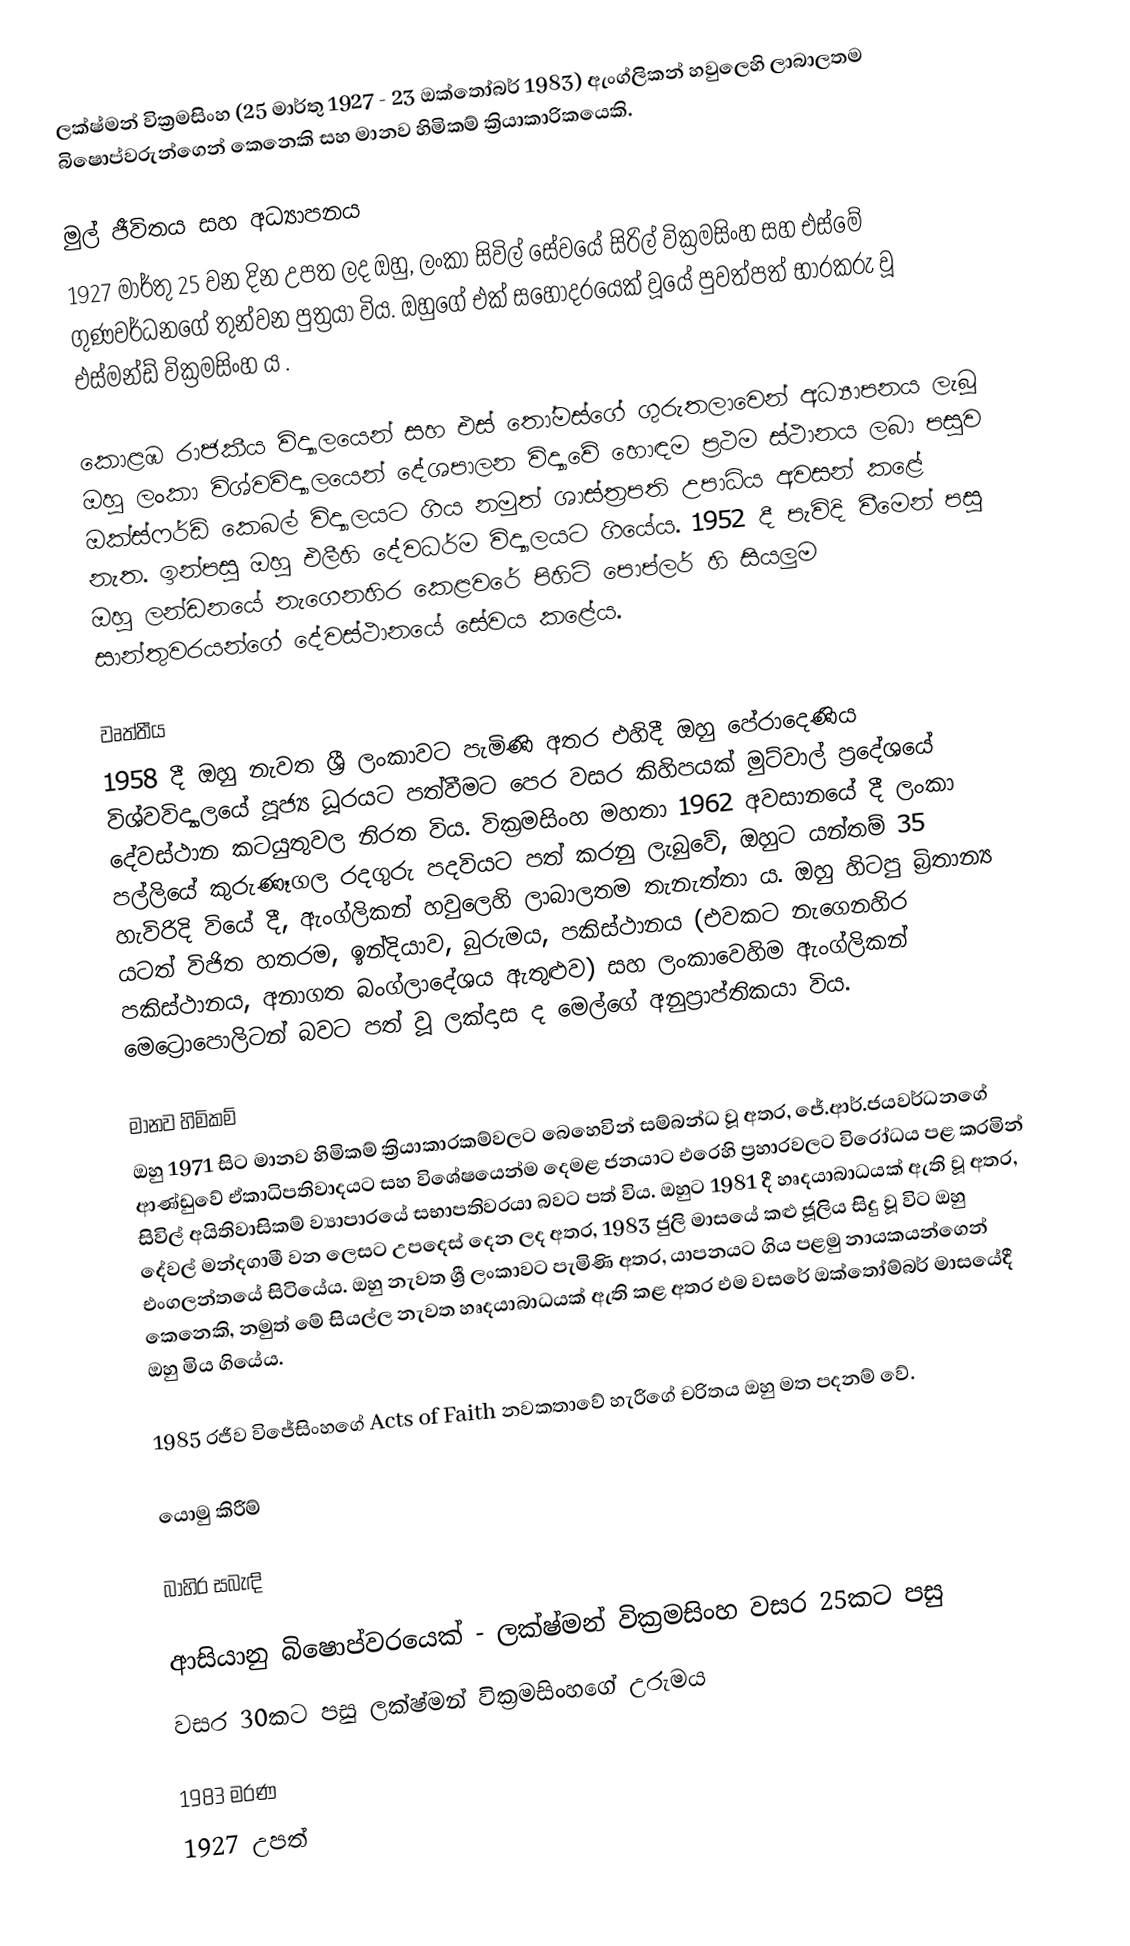
ලක්ෂ්මන් වික්‍රමසිංහ (25 මාර්තු 1927 - 23 ඔක්තෝබර් 1983) ඇංග්ලිකන් හවුලෙහි ලාබාලතම බිෂොප්වරුන්ගෙන් කෙනෙකි සහ මානව හිමිකම් ක්‍රියාකාරිකයෙකි.

මුල් ජීවිතය සහ අධ්‍යාපනය
1927 මාර්තු 25 වන දින උපත ලද ඔහු, ලංකා සිවිල් සේවයේ සිරිල් වික්‍රමසිංහ  සහ එස්මේ ගුණවර්ධනගේ තුන්වන පුත්‍රයා විය. ඔහුගේ එක් සහෝදරයෙක් වූයේ පුවත්පත් භාරකරු වූ එස්මන්ඩ් වික්‍රමසිංහ ය .

කොළඹ රාජකීය විද්‍යාලයෙන් සහ එස් තෝමස්ගේ ගුරුතලාවෙන් අධ්‍යාපනය ලැබූ ඔහු ලංකා විශ්වවිද්‍යාලයෙන් දේශපාලන විද්‍යාවේ හොඳම ප්‍රථම ස්ථානය ලබා පසුව ඔක්ස්ෆර්ඩ් කෙබල් විද්‍යාලයට ගිය නමුත් ශාස්ත්‍රපති උපාධිය අවසන් කළේ නැත. ඉන්පසු ඔහු එලීහි දේවධර්ම විද්‍යාලයට ගියේය. 1952 දී පැවිදි වීමෙන් පසු ඔහු ලන්ඩනයේ නැගෙනහිර කෙළවරේ පිහිටි පොප්ලර් හි සියලුම සාන්තුවරයන්ගේ දේවස්ථානයේ සේවය කළේය.

වෘත්තීය
1958 දී ඔහු නැවත ශ්‍රී ලංකාවට පැමිණි අතර එහිදී ඔහු පේරාදෙණිය විශ්වවිද්‍යාලයේ පූජ්‍ය ධූරයට පත්වීමට පෙර වසර කිහිපයක් මුට්වාල් ප්‍රදේශයේ දේවස්ථාන කටයුතුවල නිරත විය. වික්‍රමසිංහ මහතා 1962 අවසානයේ දී ලංකා පල්ලියේ කුරුණෑගල රදගුරු පදවියට පත් කරනු ලැබුවේ, ඔහුට යන්තම් 35 හැවිරිදි වියේ දී, ඇංග්ලිකන් හවුලෙහි ලාබාලතම තැනැත්තා ය. ඔහු හිටපු බ්‍රිතාන්‍ය යටත් විජිත හතරම, ඉන්දියාව, බුරුමය, පකිස්ථානය (එවකට නැගෙනහිර පකිස්ථානය, අනාගත බංග්ලාදේශය ඇතුළුව) සහ ලංකාවෙහිම ඇංග්ලිකන් මෙට්‍රොපොලිටන් බවට පත් වූ ලක්දාස ද මෙල්ගේ අනුප්‍රාප්තිකයා විය.

මානව හිමිකම්
ඔහු 1971 සිට මානව හිමිකම් ක්‍රියාකාරකම්වලට බෙහෙවින් සම්බන්ධ වූ අතර, ජේ.ආර්.ජයවර්ධනගේ ආණ්ඩුවේ ඒකාධිපතිවාදයට සහ විශේෂයෙන්ම දෙමළ ජනයාට එරෙහි ප්‍රහාරවලට විරෝධය පළ කරමින් සිවිල් අයිතිවාසිකම් ව්‍යාපාරයේ සභාපතිවරයා බවට පත් විය. ඔහුට 1981 දී හෘදයාබාධයක් ඇති වූ අතර, දේවල් මන්දගාමී වන ලෙසට උපදෙස් දෙන ලද අතර, 1983 ජුලි මාසයේ කළු ජූලිය සිදු වූ විට ඔහු එංගලන්තයේ සිටියේය. ඔහු නැවත ශ්‍රී ලංකාවට පැමිණි අතර, යාපනයට ගිය පළමු නායකයන්ගෙන් කෙනෙකි, නමුත් මේ සියල්ල නැවත හෘදයාබාධයක් ඇති කළ අතර එම වසරේ ඔක්තෝම්බර් මාසයේදී ඔහු මිය ගියේය.

1985 රජීව විජේසිංහගේ Acts of Faith නවකතාවේ හැරීගේ චරිතය ඔහු මත පදනම් වේ.

යොමු කිරීම්

බාහිර සබැඳි

 ආසියානු බිෂොප්වරයෙක් - ලක්ෂ්මන් වික්‍රමසිංහ වසර 25කට පසු
 වසර 30කට පසු ලක්ෂ්මන් වික්‍රමසිංහගේ උරුමය

1983 මරණ
1927 උපත්